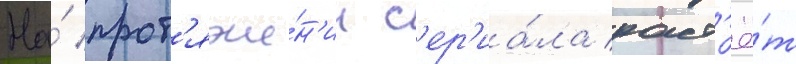
На́ прот'яже́н'ии с'ер'иа́ла раст'ё́т